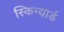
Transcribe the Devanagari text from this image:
स्किन्यार्ड